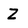
Character: Z